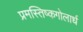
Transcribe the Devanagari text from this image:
प्रमस्तिष्कगोलार्ध